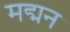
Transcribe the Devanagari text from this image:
मद्मन